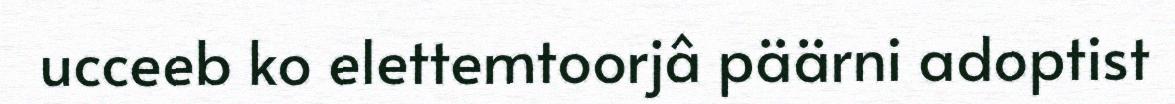
ucceeb ko elettemtoorjâ päärni adoptist